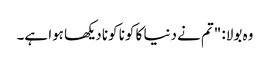
وہ بولا: "تم نے دنیا کا کونا کونا دیکھا ہوا ہے۔